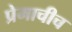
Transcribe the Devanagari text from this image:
प्रेमाचीच